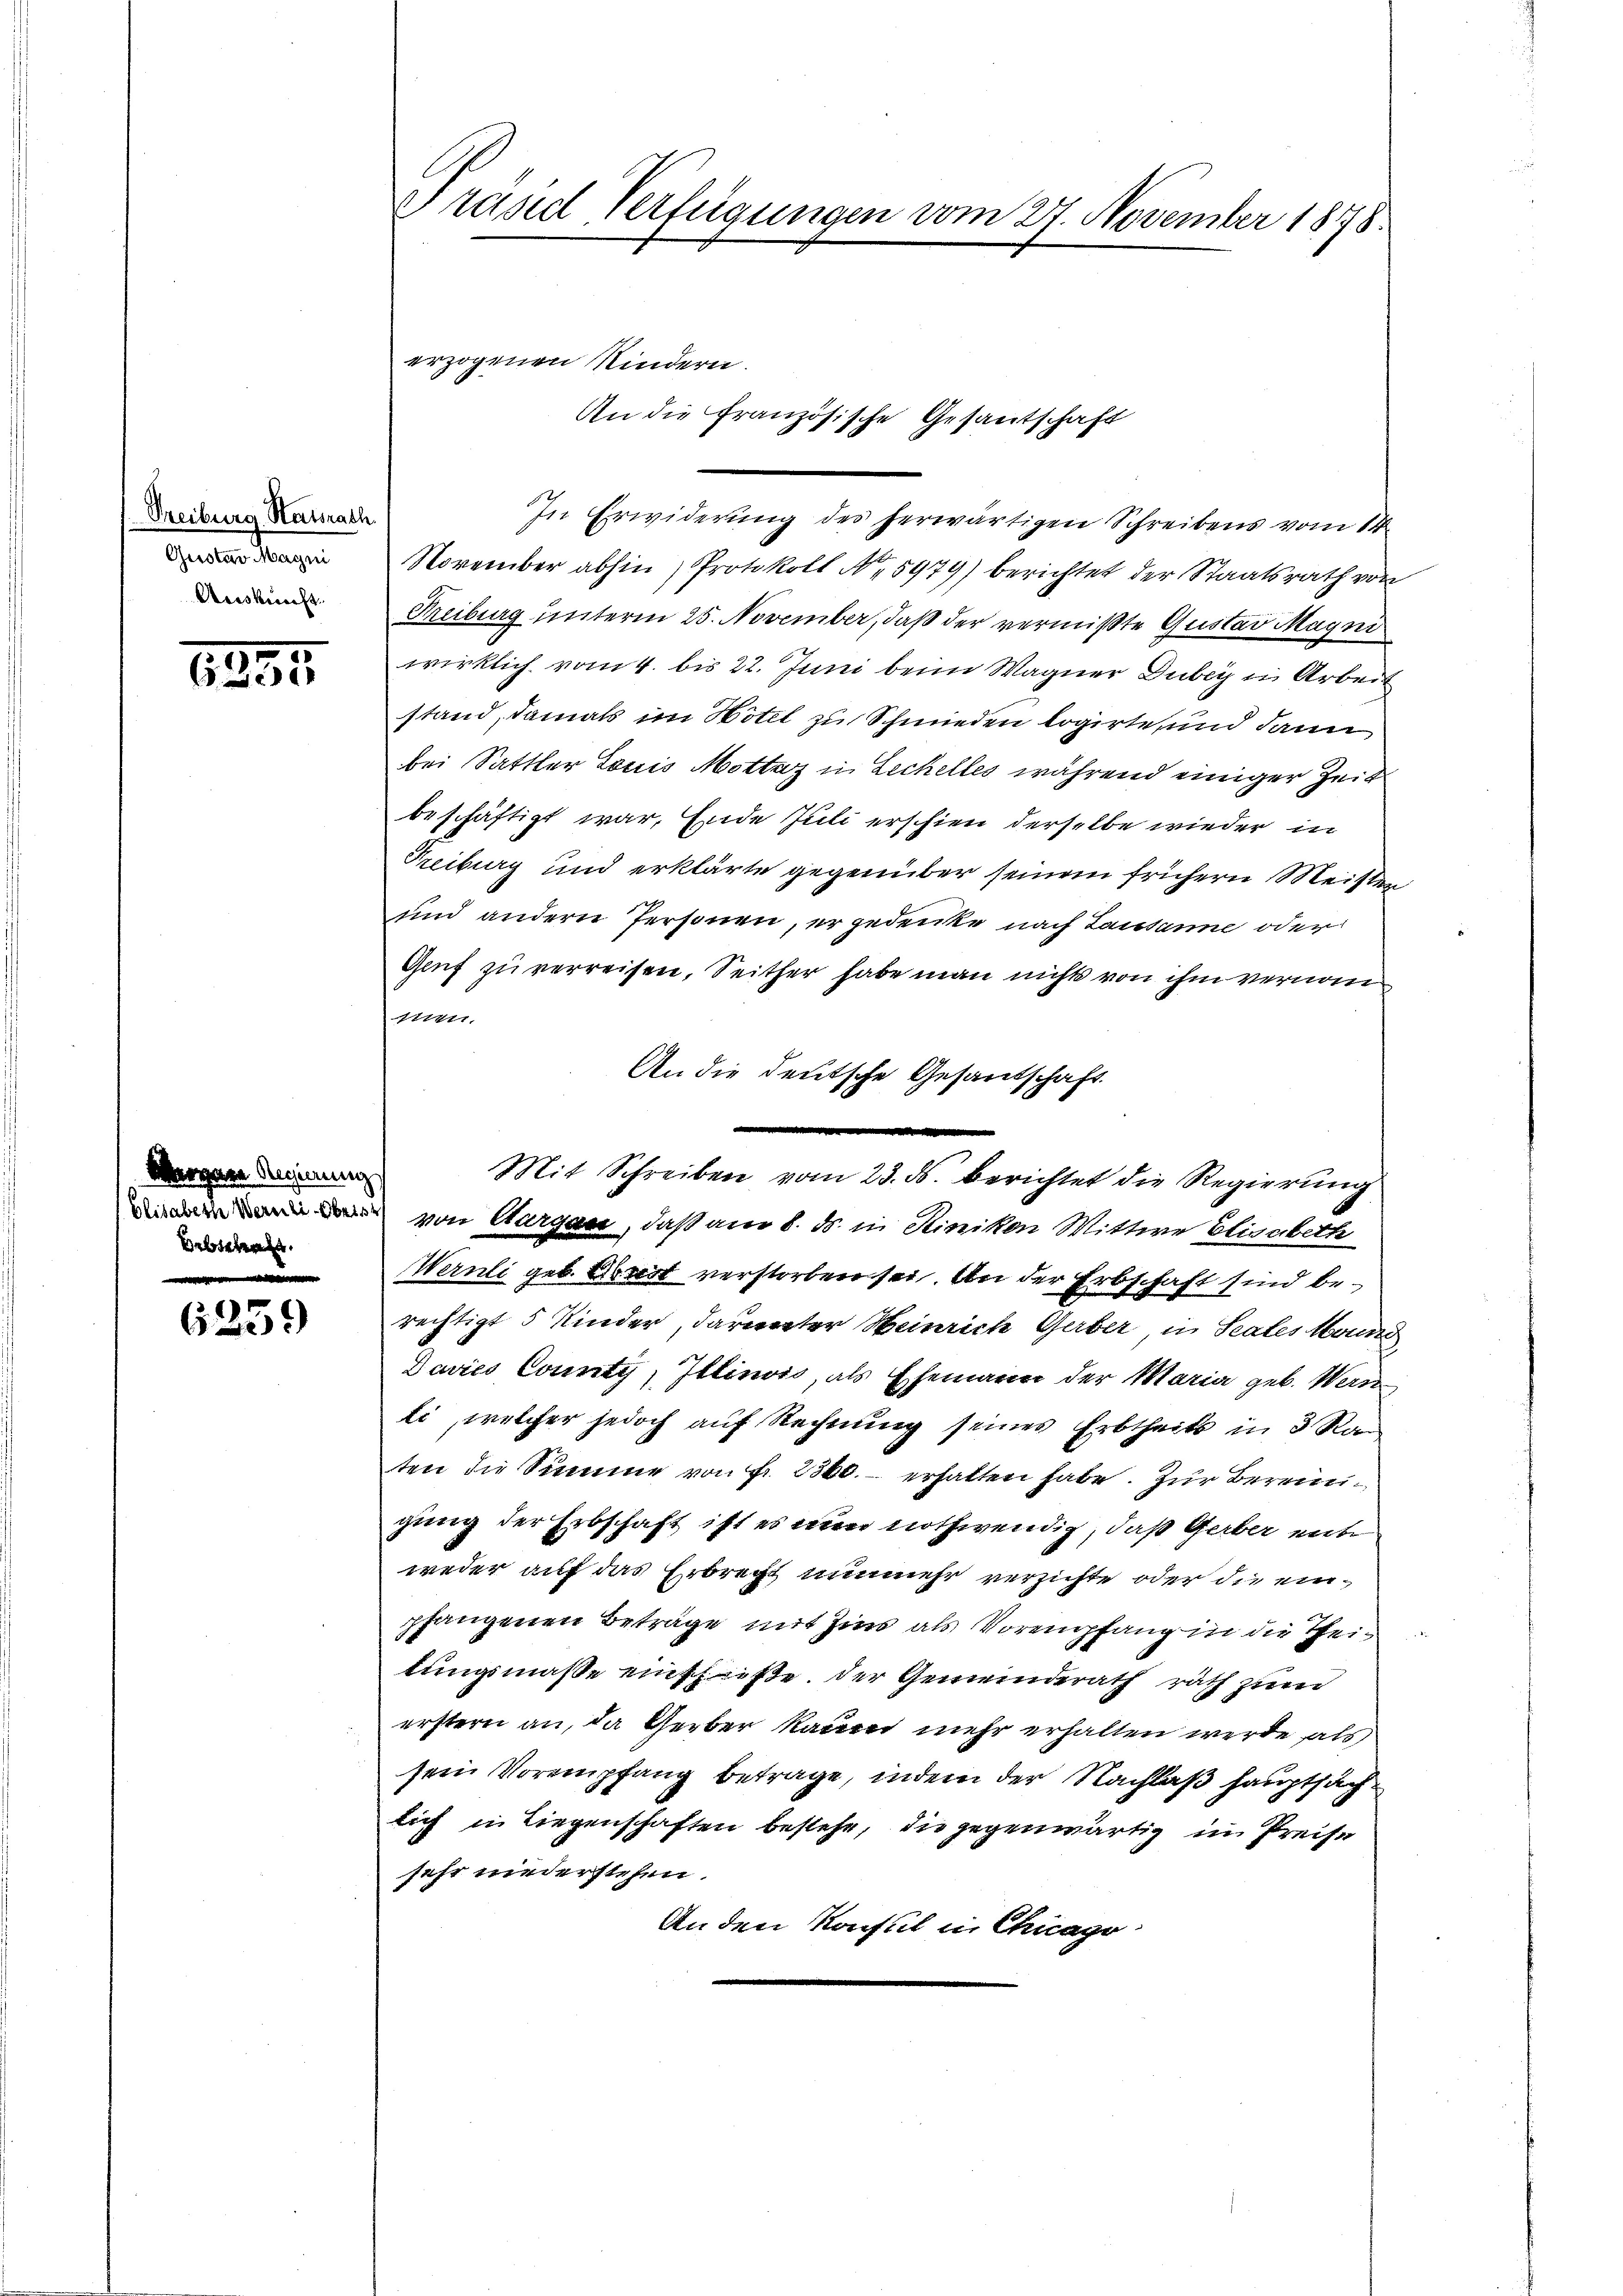
Treiburg Ratsrath
Gustav Magni
Auskunft.

1295.

Vergange Regierung
Bebieten.

6359

Präsidl Verfügungen vom 27. November 1878

An die Französische Gesantschaft

erzogenen Kindern.

In Erwiderung des herwärtigen Schreibens vom 14.
November abhin, Protokoll No 5979) berichtet der Staatsrath von
Freiburg unterm 25. November, daß der vermißte Gustav Magni
wirklich vom 4. bis 22. Juni beim Wagner Duber in Arbeit
stand, damals im Hotel zu Schmieden logirte, und dann
bei Sattler Louis Mottarz in Lechelles während einiger Zeit
beschäftigt war, Ende Juli erschien derselbe wieder in
Treiburg und erklärte gegenüber seinem frühern Meisten
und andern Personen, er gedenke nach Lausanne oder
Genf zu verreisen, Seither habe man nichts von ihm vernommen.
An die deutsche Gesandschaft
 von Aargau, daß am 8. ds. in Sinikon Wittwe Elisabeth
Wernli geb. Arrest verstorben sei. An der Erbschaft sind berechtigt 5 Kinder, darunter Heinrich Gerber in Scales Grund
Davies County, Illinois, als Ehemann der Maria geb. Wern
li, welcher jedoch auf Rechnung seines Erbtheils in 3 Ran
ten die Summe von Fr. 2300. erhalten habe. Zur Bereingung der Erbschaft ist es nun nothwendig, daß Gerber unte
weder auf das Erbrecht nunmehr verzichte oder die einpfangenen Beträge mit Zins als Vorempfang in die Theitungsmaße einfließe. Der Gemeinderath rath zue
erstern an, da Gerber kaum mehr erhalten werde als
sein Vorempfang betrage, indem der Nachlaß hauptsach
lich in Liegenschaften bestehe, die gegenwärtig im Preise
sehr niederstehen.
An den Konsul in Chicago

Mit Schreiben vom 23. ds. berichtet die Regierung